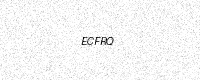
Text: ECFRQ